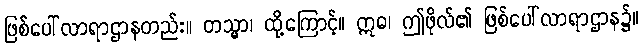
ဖြစ်ပေါ်လာရာဌာနတည်း။ တသ္မာ၊ ထို့ကြောင့်။ ဣဓ၊ ဤဖိုလ်၏ ဖြစ်ပေါ်လာရာဌာန၌။